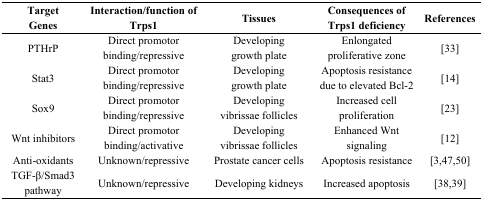
<table><thead><tr><td><b>Target Genes</b></td><td><b>Interaction/function of Trps1</b></td><td><b>Tissues</b></td><td><b>Consequences of Trps1 deficiency</b></td><td><b>References</b></td></tr></thead><tbody><tr><td>PTHrP</td><td>Direct promotor binding/repressive</td><td>Developing growth plate</td><td>Enlongated proliferative zone</td><td>[33]</td></tr><tr><td>Stat3</td><td>Direct promotor binding/repressive</td><td>Developing growth plate</td><td>Apoptosis resistance due to elevated Bcl-2</td><td>[14]</td></tr><tr><td>Sox9</td><td>Direct promotor binding/repressive</td><td>Developing vibrissae follicles</td><td>Increased cell proliferation</td><td>[23]</td></tr><tr><td>Wnt inhibitors</td><td>Direct promotor binding/activative</td><td>Developing vibrissae follicles</td><td>Enhanced Wnt signaling</td><td>[12]</td></tr><tr><td>Anti-oxidants</td><td>Unknown/repressive</td><td>Prostate cancer cells</td><td>Apoptosis resistance</td><td>[3,47,50]</td></tr><tr><td>TGF-β/Smad3 pathway</td><td>Unknown/repressive</td><td>Developing kidneys</td><td>Increased apoptosis</td><td>[38,39]</td></tr></tbody></table>